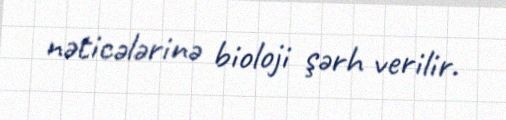
nəticələrinə bioloji şərh verilir.